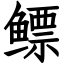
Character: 鳔